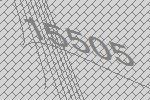
15505